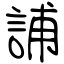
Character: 誧